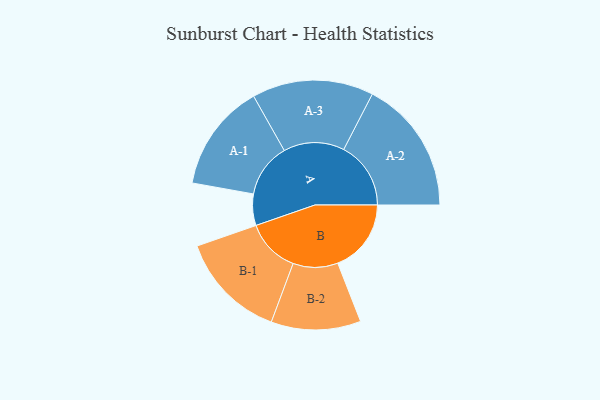
{"axis": {"x": "Segment", "y": "Value"}, "legend": ["", "A", "B"], "data": [{"x": "A", "y": 124, "type": ""}, {"x": "B", "y": 290, "type": ""}, {"x": "A-1", "y": 213, "type": "A"}, {"x": "A-2", "y": 265, "type": "A"}, {"x": "A-3", "y": 240, "type": "A"}, {"x": "B-1", "y": 213, "type": "B"}, {"x": "B-2", "y": 177, "type": "B"}]}